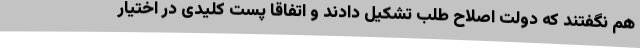
هم نگفتند که دولت اصلاح طلب تشکیل دادند و اتفاقا پست کلیدی در اختیار